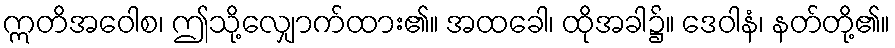
ဣတိအဝေါစ၊ ဤသို့လျှောက်ထား၏။ အထခေါ၊ ထိုအခါ၌။ ဒေဝါနံ၊ နတ်တို့၏။